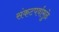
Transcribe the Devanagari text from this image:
संकटपर्वामुळे